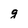
Character: g